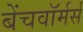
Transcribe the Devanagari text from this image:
बेंचवॉर्मर्स